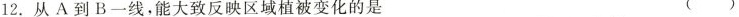
12.从A到B一线，能大致反映区域植被变化的是 ()